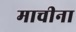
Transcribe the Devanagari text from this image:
माचीना